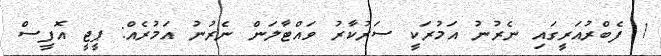
1 ފެބްރުއަރީގައި ނެރުނު އަމުރަކީ ސަރުކާރު ވައްޓާލަން ނެރުނު އަމުރެއް: ޕީޖީ އޮފީސް